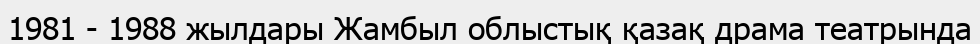
1981 - 1988 жылдары Жамбыл облыстық қазақ драма театрында